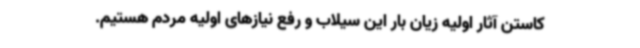
کاستن آثار اولیه زیان بار این سیلاب و رفع نیازهای اولیه مردم هستیم.